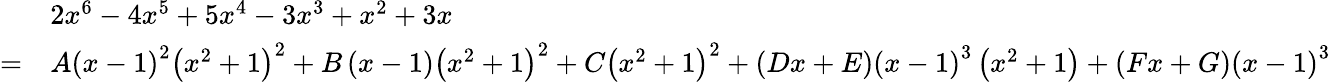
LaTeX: {\begin{array}{rl}&{2x^{6}-4x^{5}+5x^{4}-3x^{3}+x^{2}+3x}\\ {=}&{A\left(x-1\right)^{2}\left(x^{2}+1\right)^{2}+B\left(x-1\right)\left(x^{2}+1\right)^{2}+C\left(x^{2}+1\right)^{2}+\left(Dx+E\right)\left(x-1\right)^{3}\left(x^{2}+1\right)+\left(Fx+G\right)\left(x-1\right)^{3}}\end{array}}